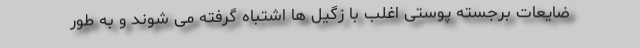
ضایعات برجسته پوستی اغلب با زگیل ها اشتباه گرفته می شوند و به طور